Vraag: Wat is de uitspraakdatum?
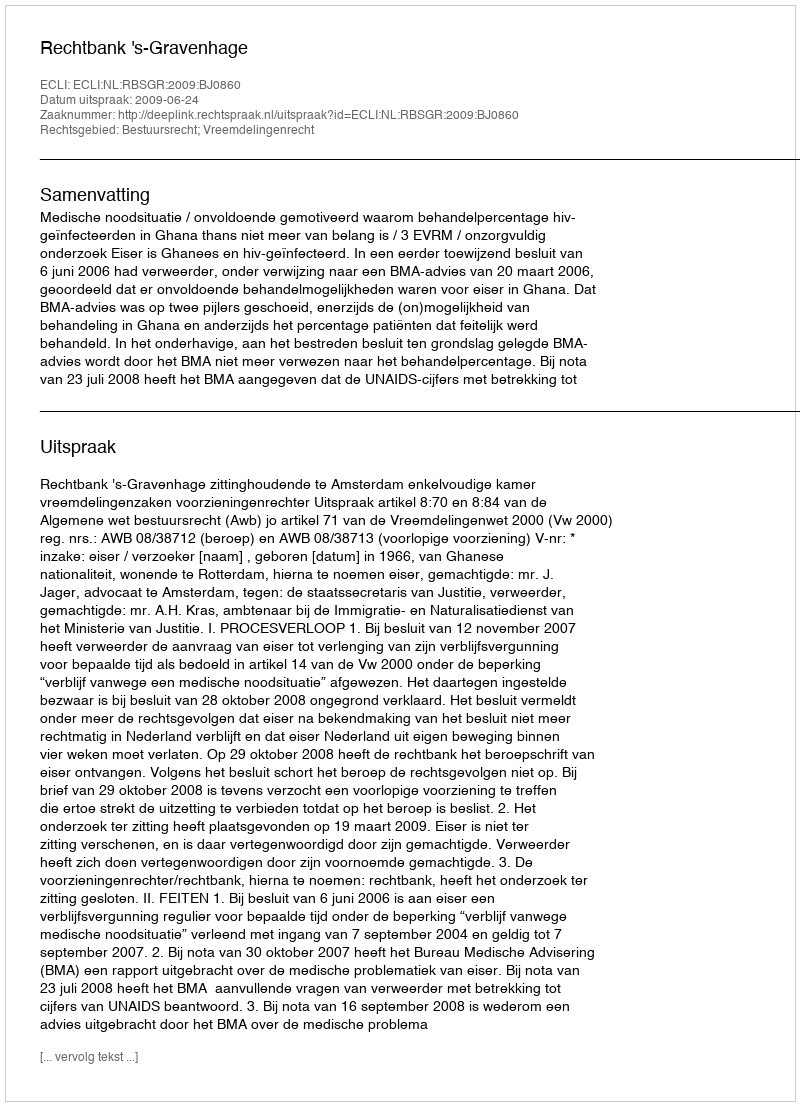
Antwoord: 2009-06-24